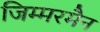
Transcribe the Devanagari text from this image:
जिम्मरमैन